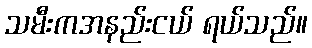
သမီးကအနည်းငယ် ရယ်သည်။